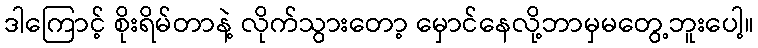
ဒါကြောင့် စိုးရိမ်တာနဲ့ လိုက်သွားတော့ မှောင်နေလို့ဘာမှမတွေ့ဘူးပေါ့။